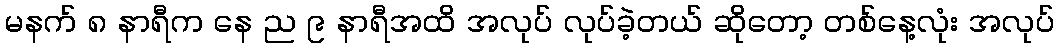
မနက် ၈ နာရီက နေ ည ၉ နာရီအထိ အလုပ် လုပ်ခဲ့တယ် ဆိုတော့ တစ်နေ့လုံး အလုပ်